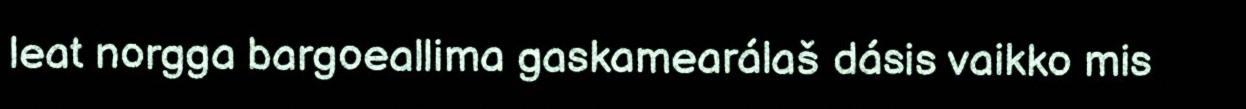
leat norgga bargoeallima gaskamearálaš dásis vaikko mis